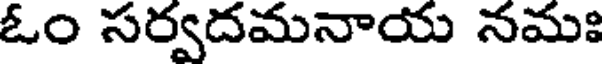
ఓం సర్వదమనాయ నమః